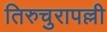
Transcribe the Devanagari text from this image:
तिरुचुरापल्ली